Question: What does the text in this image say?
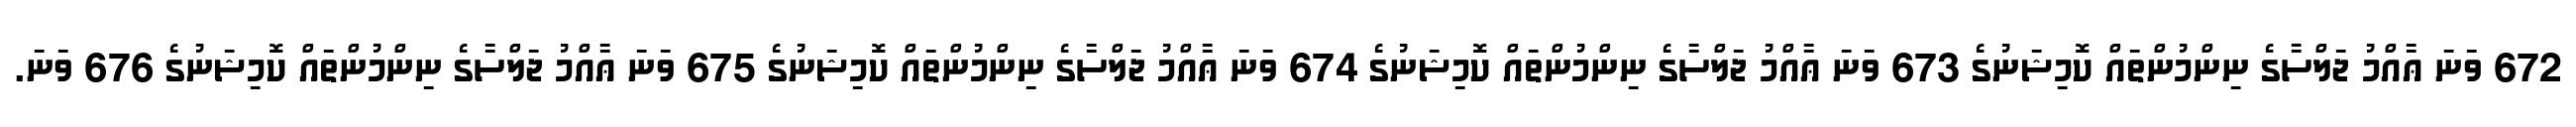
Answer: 672 ވަނަ ޢާއްމު ޖަލްސާގެ ނިންމުންތައް ކޮމިޝަނުގެ 673 ވަނަ ޢާއްމު ޖަލްސާގެ ނިންމުންތައް ކޮމިޝަނުގެ 674 ވަނަ ޢާއްމު ޖަލްސާގެ ނިންމުންތައް ކޮމިޝަނުގެ 675 ވަނަ ޢާއްމު ޖަލްސާގެ ނިންމުންތައް ކޮމިޝަނުގެ 676 ވަނަ.